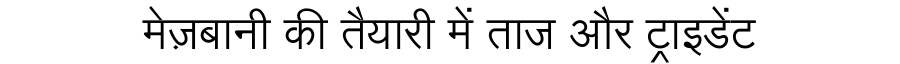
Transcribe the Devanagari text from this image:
मेज़बानी की तैयारी में ताज और ट्राइडेंट